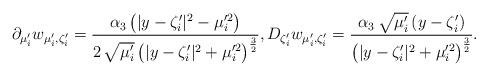
LaTeX: \begin{align*}\partial_{\mu_i^\prime}w_{\mu_i',\zeta_i'}&=\frac{\alpha_3 \,\bigl(|y-\zeta_i'|^2-\mu_i'^2\bigr)}{2\,\sqrt{\mu_i'}\,\bigl(|y-\zeta_i'|^2+\mu_i'^2\bigr)^{\frac{3}{2}}}, D_{\zeta_i^\prime}w_{\mu_i',\zeta_i'}=\frac{\alpha_3\, \sqrt{\mu_i'}\,(y-\zeta_i')}{\bigl(|y-\zeta_i'|^2+\mu_i'^2\bigr)^{\frac{3}{2}}} .\end{align*}